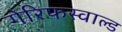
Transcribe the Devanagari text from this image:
गेरिफस्वाल्ड